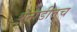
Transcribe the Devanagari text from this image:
बेनाडीतच